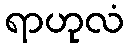
ရာဟုလံ